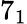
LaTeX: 7_{1}